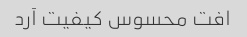
افت محسوس کیفیت آرد